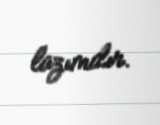
lazımdır.